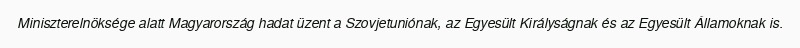
Miniszterelnöksége alatt Magyarország hadat üzent a Szovjetuniónak, az Egyesült Királyságnak és az Egyesült Államoknak is.